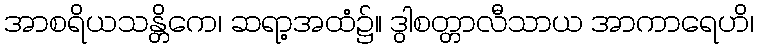
အာစရိယသန္တိကေ၊ ဆရာ့အထံ၌။ ဒွါစတ္တာလီသာယ အာကာရေဟိ၊